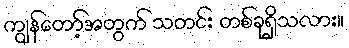
ကျွန်တော့်အတွက် သတင်း တစ်ခုရှိသလား။